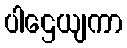
ပါဌေယျကာ